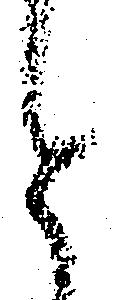
と